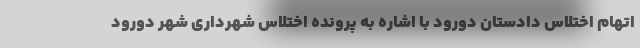
اتهام اختلاس دادستان دورود با اشاره به پرونده اختلاس شهرداری شهر دورود